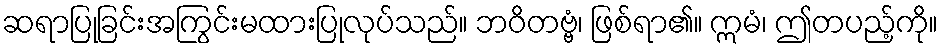
ဆရာပြုခြင်းအကြွင်းမထားပြုလုပ်သည်။ ဘဝိတဗ္ဗံ၊ ဖြစ်ရာ၏။ ဣမံ၊ ဤတပည့်ကို။